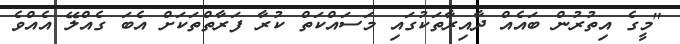
"މީގެ އިތުރުން ބައެއް ދާއިރާތަކުގައި މަސައްކަތް ކުރާ ފަރާތްތަކަށް އެބަ ގެއްލޭ އެއްވެ